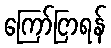
ကြော်ငြာရန်